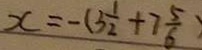
x = - ( 3 \frac { 1 } { 2 } + 7 \frac { 5 } { 6 } )